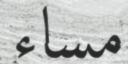
مساء